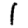
Digit: 1